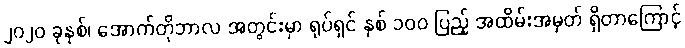
၂၀၂၀ ခုနှစ်၊ အောက်တိုဘာလ အတွင်းမှာ ရုပ်ရှင် နှစ် ၁၀၀ ပြည့် အထိမ်းအမှတ် ရှိတာကြောင့်